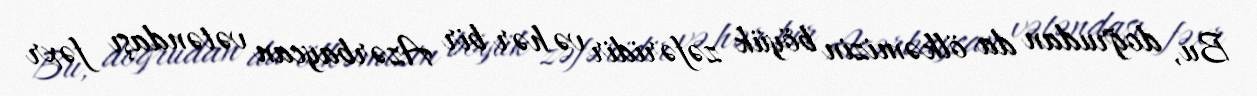
Bu, doğrudan da ölkəmizin böyük zəfəridir və hər bir Azərbaycan vətəndaşı fəxr